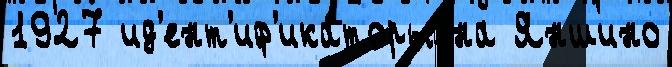
1927 ид'ент'иф'ика́торы на Яншино